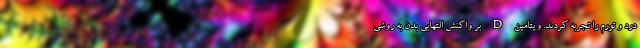
درد و تورم را تجربه کردند. ویتامین D بر واکنش التهابی بدن به روشی